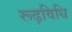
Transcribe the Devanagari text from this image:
रूढ़विधि